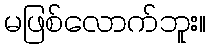
မဖြစ်လောက်ဘူး။